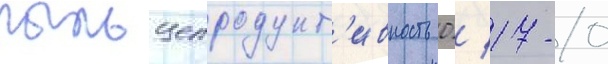
пыльцепродукт'ивность 0 / 17-0